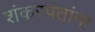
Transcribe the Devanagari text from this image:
शंकरपंतांना